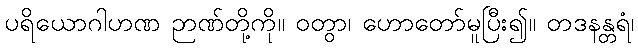
ပရိယောဂါဟဏ ဉာဏ်တို့ကို။ ဝတွာ၊ ဟောတော်မူပြီး၍။ တဒနန္တရံ၊